Cholera in southern India
Disease focus: Cholera
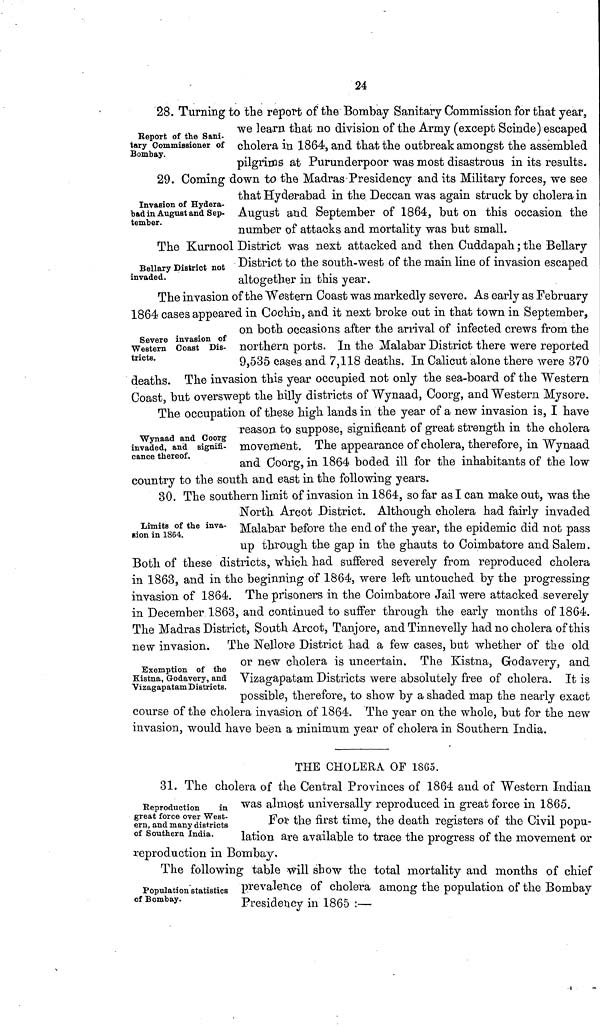
24
Report of the Sani-
tary Commissioner of
Bombay.
28. Turning to the report of the Bombay Sanitary Commission for that year,
we learn that no division of the Army (except Scinde) escaped
cholera in 1864, and that the outbreak amongst the assembled
pilgrims at Purunderpoor was most disastrous in its results.
Invasion of Hydera-
bad in August and Sep-
tember.
29. Coming down to the Madras Presidency and its Military forces, we see
that Hyderabad in the Deccan was again struck by cholera in
August and September of 1864, but on this occasion the
number of attacks and mortality was but small.
Bellary District not
invaded.
The Kurnool District was next attacked and then Cuddapah ; the Bellary
District to the south-west of the main line of invasion escaped
altogether in this year.
Severe invasion of
Western Coast Dis-
tricts.
The invasion of the Western Coast was markedly severe. As early as February
1864 cases appeared in Cochin, and it next broke out in that town in September,
on both occasions after the arrival of infected crews from the
northern ports. In the Malabar District there were reported
9,535 cases and 7,118 deaths. In Calicut alone there were 370
deaths. The invasion this year occupied not only the sea-board of the Western
Coast but overswept the hilly districts of Wynaad, Coorg, and Western Mysore.
Wynaad and Coorg
invaded, and signifi-
cance thereof.
The occupation of these high lands in the year of a new invasion is, I have
reason to suppose, significant of great strength in the cholera
movement. The appearance of cholera, therefore, in Wynaad
and Coorg, in 1864 boded ill for the inhabitants of the low
country to the south and east in the following years.
Limits of the inva
sion in 1864.
30. The southern limit of invasion in 1864, so far as I can make out, was the
North. Arcot District. Although cholera had fairly invaded
Malabar before the end of the year, the epidemic did not pass
up through the gap in the ghauts to Coimbatore and Salem.
Both of these districts, which had suffered severely from reproduced cholera
in 1863, and in the beginning of 1864, were left untouched by the progressing
invasion of 1864. The prisoners in the Coimbatore Jail were attacked severely
in December 1863, and continued to suffer through the early months of 1864.
The Madras District, South Arcot, Tanjore, and Tinnevelly had no cholera of this
new invasion. The Nellore District had a few cases, but whether of the old
or new cholera is uncertain. The Kistna, Godavery, and
Vizagapatam Districts were absolutely free of cholera. It is
possible, therefore, to show by a shaded map the nearly exact
course of the cholera invasion of 1864. The year on the whole, but for the new
invasion, would have been a minimum year of cholera in Southern India.
Exemption of the
Kistna, Godavery, and
Vizagapatam Districts.
THE CHOLERA OF 18G5.
Reproduction
in
great force over West-
ern, and many districts
of Southern India.
31. The cholera of the Central Provinces of 1864 and of Western Indian
was almost universally reproduced in great force in 1865.
For the first time, the death registers of the Civil popu-
lation are available to trace the progress of the movement or
reproduction in Bombay.
Population statistics
of Bombay.
The following table will show the total mortality and months of chief
prevalence of cholera among the population of the Bombay
Presidency in 1865 :—